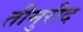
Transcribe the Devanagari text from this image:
तीमुरीद